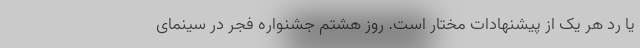
یا رد هر یک از پیشنهادات مختار است. روز هشتم جشنواره فجر در سینمای